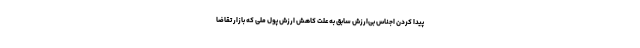
پیدا کردن اجناس بی‌ارزش سابق به‌علت کاهش ارزش پول ملی که بازار تقاضا